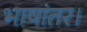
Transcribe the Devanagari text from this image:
भाषांतर।